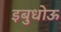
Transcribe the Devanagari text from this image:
इबुधोऊ